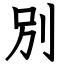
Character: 別